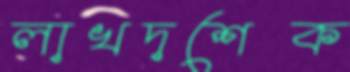
লাখদশেক